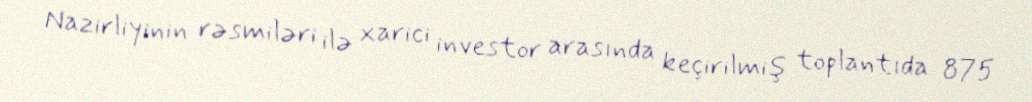
Nazirliyinin rəsmiləri ilə xarici investor arasında keçirilmiş toplantıda 875